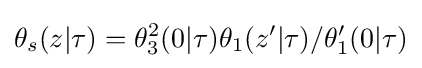
\theta _{s}(z|\tau )=\theta _{3}^{2}(0|\tau )\theta _{1}(z'|\tau )/\theta '_{1}(0|\tau )